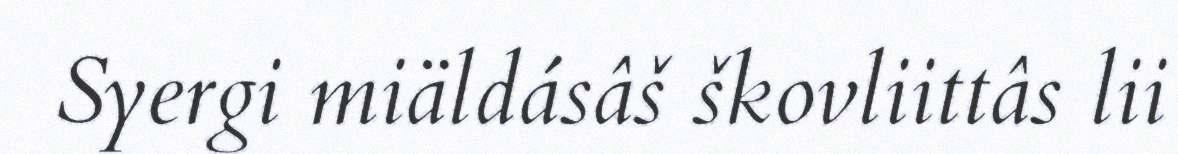
Syergi miäldásâš škovliittâs lii